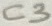
Text: C3